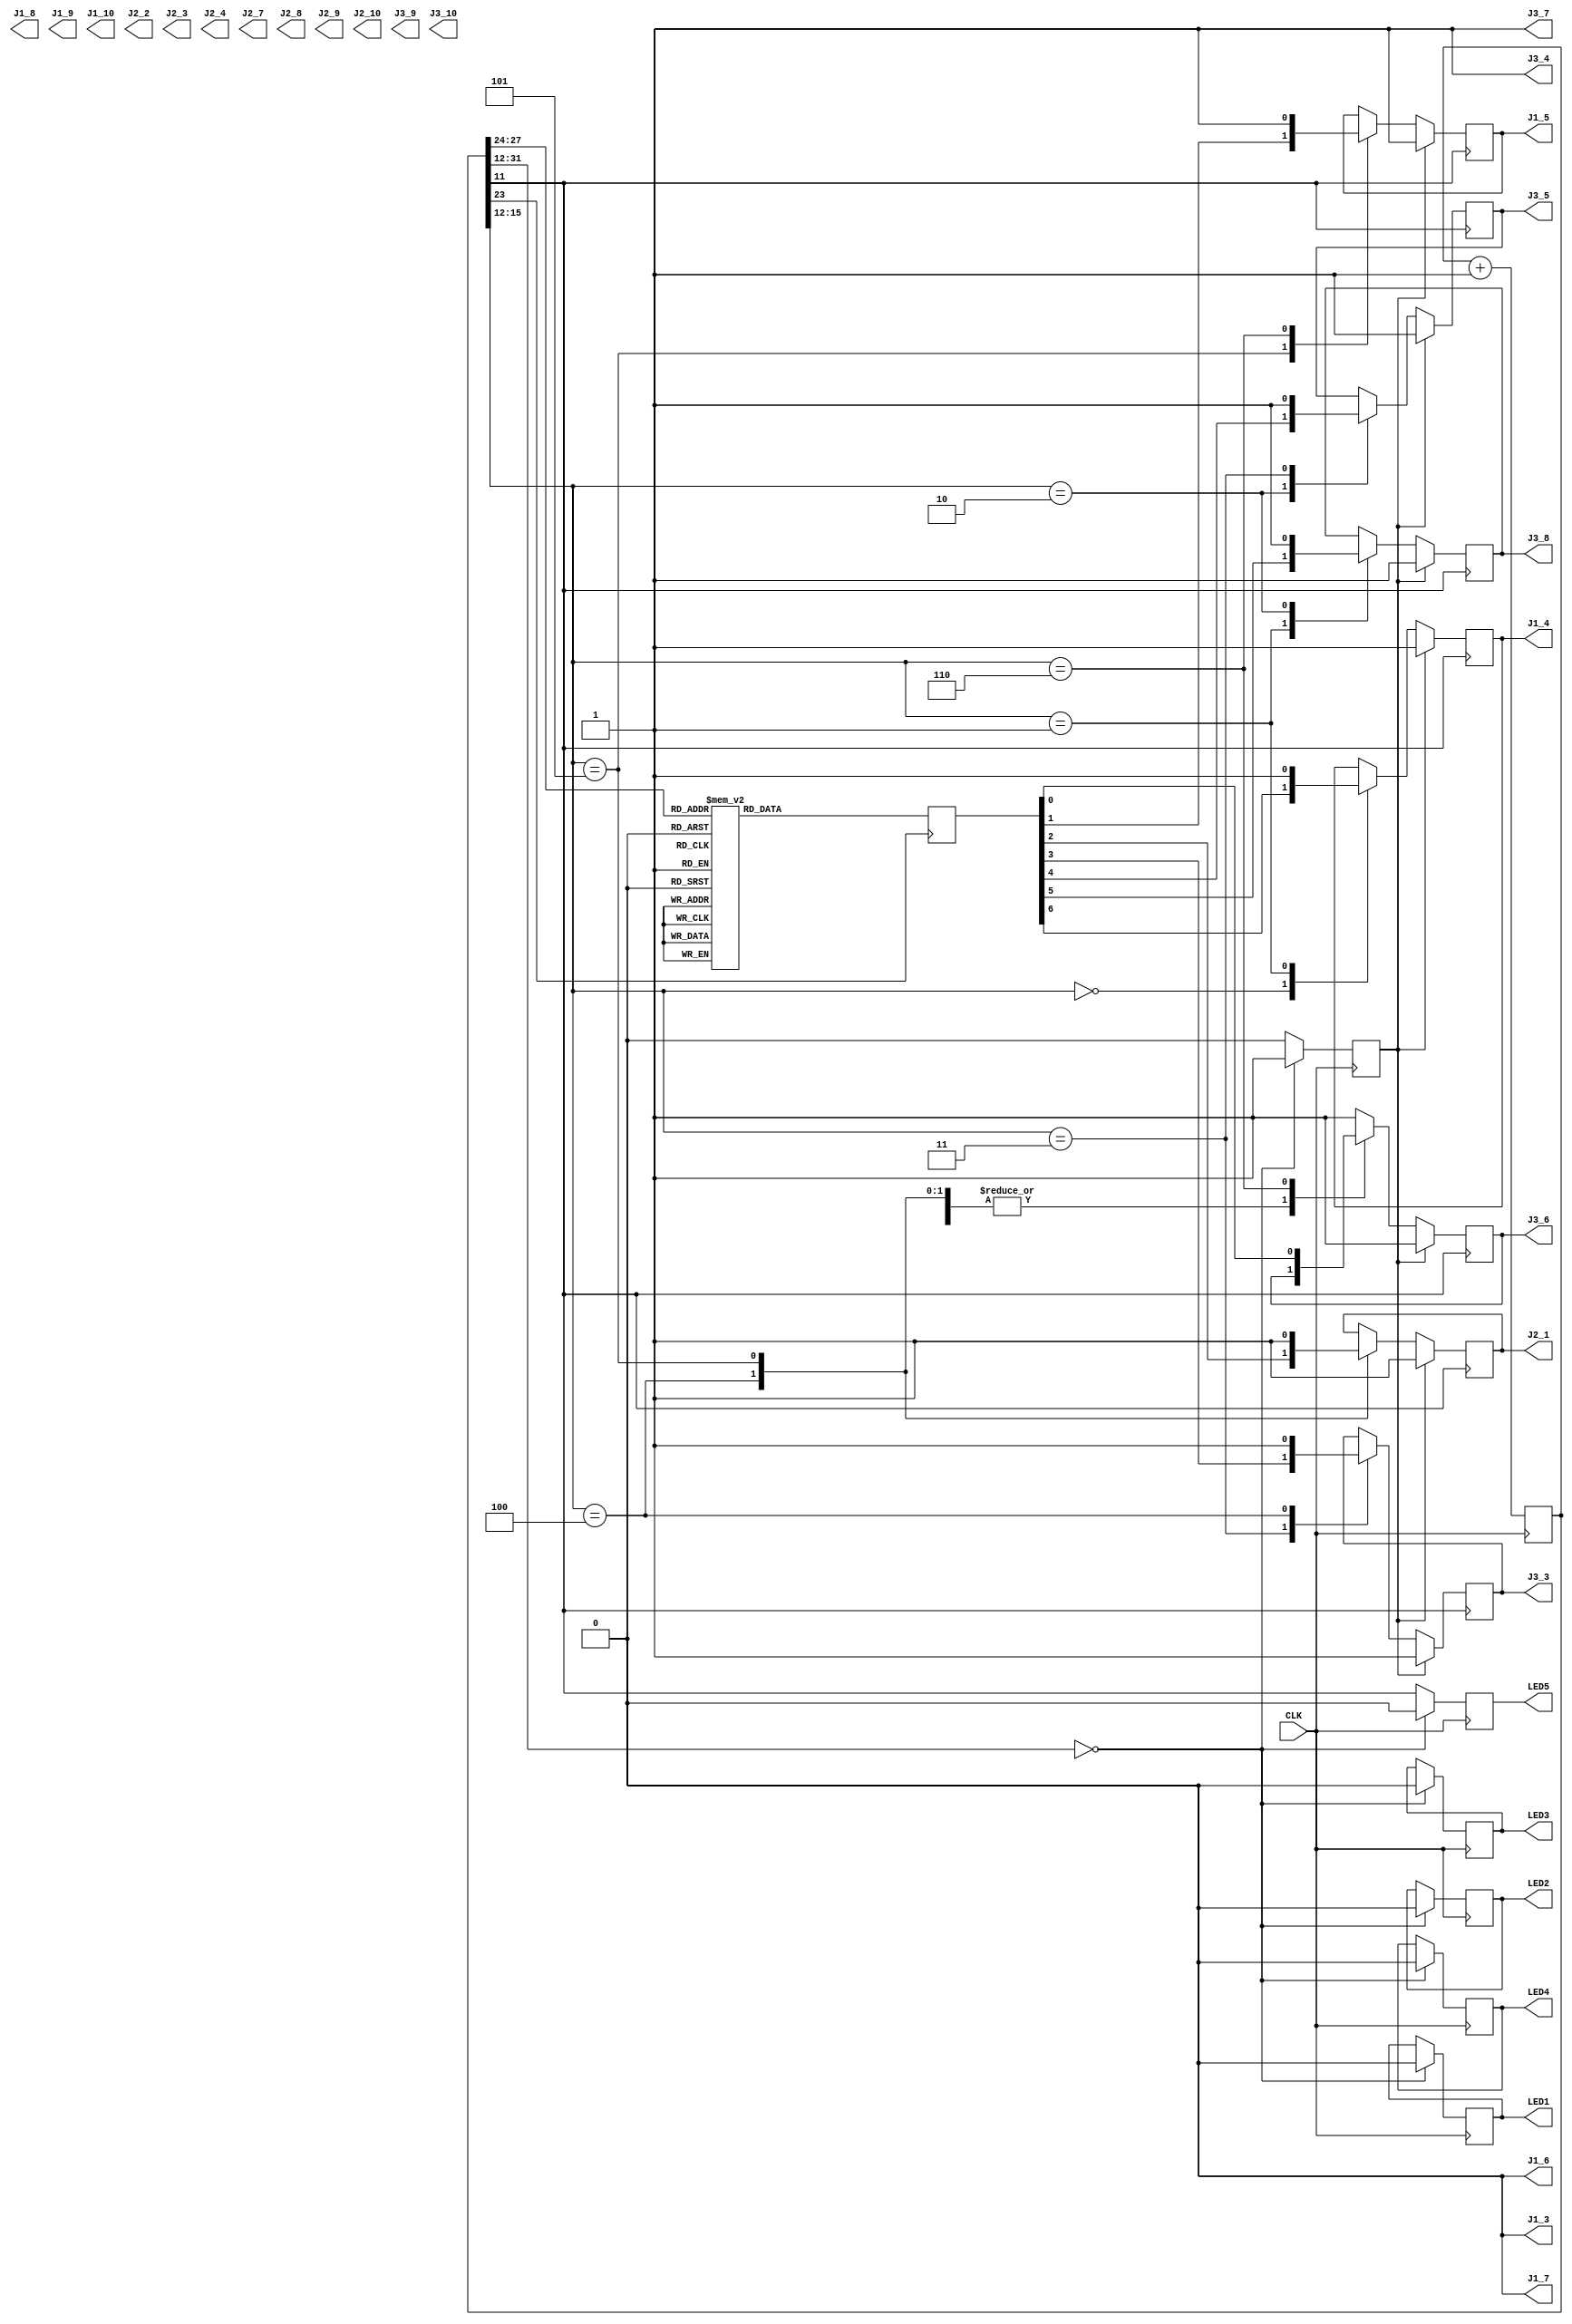
module top(
	input CLK,
	output reg LED1 = 0,
	output reg LED2 = 0,
	output reg LED3 = 0,
	output reg LED4 = 0,
	output reg LED5 = 0,
	output J1_3, J1_4, J1_5, J1_6, J1_7, J1_8, J1_9, J1_10,
	output J2_1, J2_2, J2_3, J2_4, J2_7, J2_8, J2_9, J2_10,
	output J3_3, J3_4, J3_5, J3_6, J3_7, J3_8, J3_9, J3_10
);
	reg segment_a = 0;
	reg segment_b = 0;
	reg segment_c = 0;
	reg segment_d = 0;
	reg segment_e = 0;
	reg segment_f = 0;
	reg segment_g = 0;
	assign J1_4  = segment_a;
	assign J3_8  = segment_b;
	assign J3_5  = segment_c;
	assign J3_3  = segment_d;
	assign J2_1  = segment_e;
	assign J1_5  = segment_f;
	assign J3_6  = segment_g;
	assign J3_4 = 1; // dp/colon
	assign J3_7 = 1; // connected via resistor to anode0001 for least significant digit
	assign J1_7 = 0; // connected via resistor to anode0010
	assign J1_6 = 0; // connected via resistor to anode0100
	assign J1_3 = 0; // connected via resistor to anode1000 for most significant digit
	reg [31:0] raw_counter = 0;
	reg dot_clock = 0;
	reg [3:0] dot_counter = 0;
	reg clock_1Hz = 0;
	reg [3:0] counter_1Hz = 0;
	reg [6:0] sequence = 0;
	reg reset = 0;
	always @(posedge CLK) begin
		if (raw_counter[31:12]==0) begin // reset active for 4096 cycles
			reset <= 1;
			LED1 <= 0;
			LED2 <= 0;
			LED3 <= 0;
			LED4 <= 0;
			LED5 <= 0;
		end else begin
			LED5 <= dot_clock;
			reset <= 0;
		end
		raw_counter++;
	end
	always begin
		dot_clock <= raw_counter[11];
		dot_counter <= raw_counter[15:12];
	end
	always begin
		clock_1Hz <= raw_counter[23];
		counter_1Hz <= raw_counter[27:24];
	end
	always @(posedge clock_1Hz) begin
		case(counter_1Hz[3:0])
			4'h0    : sequence <= 7'b0000001;
			4'h1    : sequence <= 7'b1001111;
			4'h2    : sequence <= 7'b0010010;
			4'h3    : sequence <= 7'b0000110;
			4'h4    : sequence <= 7'b1001100;
			4'h5    : sequence <= 7'b0100100;
			4'h6    : sequence <= 7'b0100000;
			4'h7    : sequence <= 7'b0001111;
			4'h8    : sequence <= 7'b0000000;
			default : sequence <= 7'b0000100;
		endcase
	end
	always @(posedge dot_clock) begin
		if (reset==1) begin
			segment_a  <= 1; // clear segment a
			segment_b  <= 1; // clear segment b
			segment_c  <= 1; // clear segment c
			segment_d  <= 1; // clear segment d
			segment_e  <= 1; // clear segment e
			segment_f  <= 1; // clear segment f
			segment_g  <= 1; // clear segment g
		end else begin
			case(dot_counter)
				4'h0    : begin segment_a <= sequence[6];                 end // set or clear segment a as appropriate
				4'h1    : begin segment_b <= sequence[5]; segment_a <= 1; end // set or clear segment b as appropriate; clear segment a
				4'h2    : begin segment_c <= sequence[4]; segment_b <= 1; end // set or clear segment c as appropriate; clear segment b
				4'h3    : begin segment_d <= sequence[3]; segment_c <= 1; end // set or clear segment d as appropriate; clear segment c
				4'h4    : begin segment_e <= sequence[2]; segment_d <= 1; end // set or clear segment e as appropriate; clear segment d
				4'h5    : begin segment_f <= sequence[1]; segment_e <= 1; end // set or clear segment f as appropriate; clear segment e
				4'h6    : begin segment_g <= sequence[0]; segment_f <= 1; end // set or clear segment g as appropriate; clear segment f
				default : begin                           segment_g <= 1; end // clear segment g
			endcase
		end
	end
endmodule